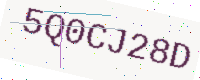
Text: 5Q0CJ28D